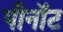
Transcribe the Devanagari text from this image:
पीनॉट